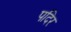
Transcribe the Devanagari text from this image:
पदिर